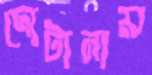
দোটানায়